Report of the Municipal Commissioner on the plague in Bombay for the year ending 31st May... - Volume 1
Disease focus: Plague
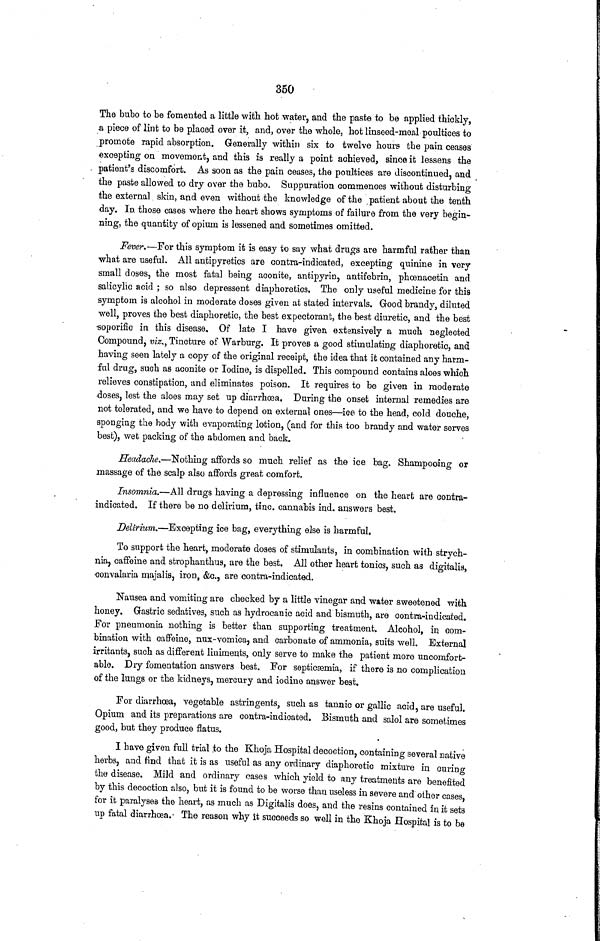
350
The bubo to be fomented a little with hot water, and the paste to be applied thickly,
a piece of lint to be placed over it, and, over the whole, hot linseed-meal poultices to
promote rapid absorption. Generally within six to twelve hours the pain ceases
excepting on movement, and this is really a point achieved, since it lessens the
patient's discomfort. As soon as the pain ceases, the poultices are discontinued, and
the paste allowed to dry over the bubo. Suppuration commences without disturbing
the external skin, and even without the knowledge of the patient about the tenth
day. ID. those cases where the heart shows symptoms of failure from the very begin-
ning, the quantity of opium is lessened and sometimes omitted.
Fever.—For this symptom it is easy to say what drugs are harmful rather than
what are useful. All antipyretics are contra-indicated, excepting quinine in very
small doses, the most fatal being aconite, antipyrin, antifebrin, phoenacetin and
salicylic acid ; so also depressent diaphoretics, The only useful medicine for this
symptom is alcohol in moderate doses given at stated intervals. Good brandy, diluted
well, proves the best diaphoretic, the best expectorant, the best diuretic, and the best
soporific in. this disease. Of late I have given extensively a much neglected
Compound, viz., Tincture of Warburg. It proves a good stimulating diaphoretic, and
having seen lately a copy of the original receipt, the idea that it contained any harm-
ful drug, such as aconite or Iodine, is dispelled. This compound contains aloes which
relieves constipation, und eliminates poison. It requires to be given in moderate
doses, lest the aloes may set up diarrhoea. During the onset internal remedies are
not tolerated, and we have to depend on external ones—ice to the head, cold douche,
sponging the body with evaporating lotion, (and for this too brandy and water serves
best), wet packing of the abdomen and back.
Headache,—Nothing affords so much relief as the ice bag. Shampooing or
massage of the scalp also affords great comfort.
Insomnia.—All drugs having a depressing influence on the heart are contra-
indicated. If there be no delirium, tine, cannabis ind. answers best.
Delirium.—Excepting ice bag, everything else is harmful.
To support the heart, moderate doses of stimulants, in combination with strych-
nia, caffeine and strophanthus, are the best. All other heart tonics, such as digitalia,
convalaria majalis, iron, &c., are contra-indicated.
Nausea and vomiting are checked by a little vinegar and water sweetened with
honey. Gastric sedatives, such as hydrocanic acid and bismuth, are contra-indicated.
For pneumonia nothing is better than supporting treatment. Alcohol, in com-
bination with caffeine, nux-vomica, and carbonate of ammonia, suits well. External
irritants, such as different liniments, only serve to make the patient more uncomfort-
able. Dry fomentation answers best. For septicsemia, if there is no complication
of the lungs or the kidneys, mercury and iodine answer best.
For diarrhoea, vegetable astringents, such as tannic or gallic acid, are useful.
Opium and its preparations are contra-indicated. Bismuth and saiol are sometimes
good, but they produce flatus.
I have given full trial .to the Khoja Hospital decoction, containing several native
herbs, and find that it is as useful as any ordinary diaphoretic mixture in curing
the disease. Mild and ordinary cases which yield to any treatments are benefited
by this decoction also, but it is found to be worse than useless in severe and other cases
for it paralyses the heart, as much as Digitalis does, and the resins contained in it sets
up fatal diarrhoea. The reason why it succeeds so well in the Khoja Hospital is to be